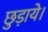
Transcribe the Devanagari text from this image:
छुड़ाये।